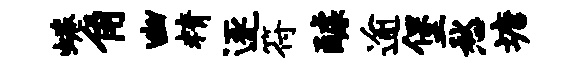
蜷角幽精逐符醵逾堡愁塘